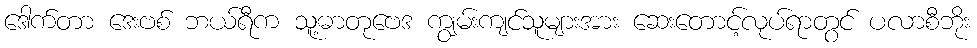
ဒေါက်တာ ဒေးဗစ် ဘယ်ရီက သူ့ဓာတုဗေဒ ကျွမ်းကျင်သူများအား ဆေးတောင့်လုပ်ရာတွင် ပလာစီဘိုး